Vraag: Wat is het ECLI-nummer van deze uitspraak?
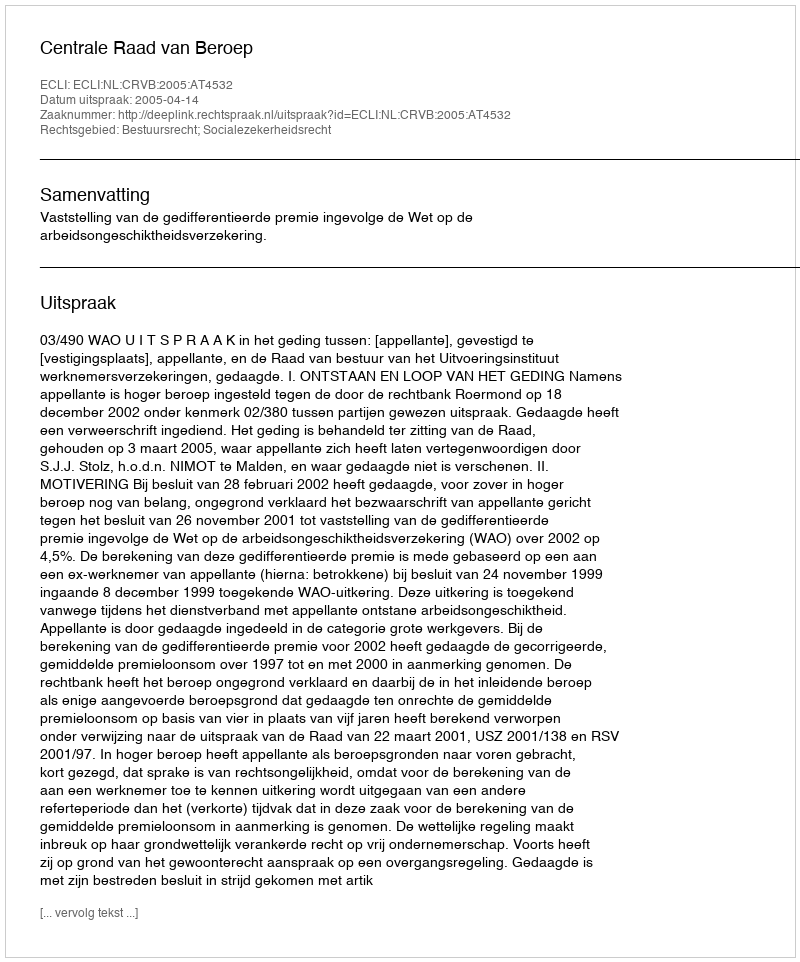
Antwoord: ECLI:NL:CRVB:2005:AT4532